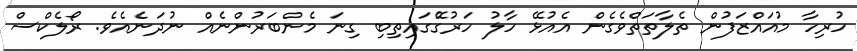
ހުރިހާ މުއައްޒަފުން ތެލާތަތްވެގެން އެއުޅޭ ހާލު ހަރުގޭުގައިތިބި ގިނަ މެންބަރުންނެއް ނުދަނެއެވެ. ރޯލެކްސް